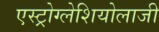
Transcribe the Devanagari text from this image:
एस्ट्रोग्लेशियोलाजी